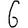
Digit: 6